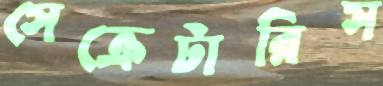
সেক্রেটারিস